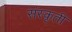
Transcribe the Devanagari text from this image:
संस्कृती